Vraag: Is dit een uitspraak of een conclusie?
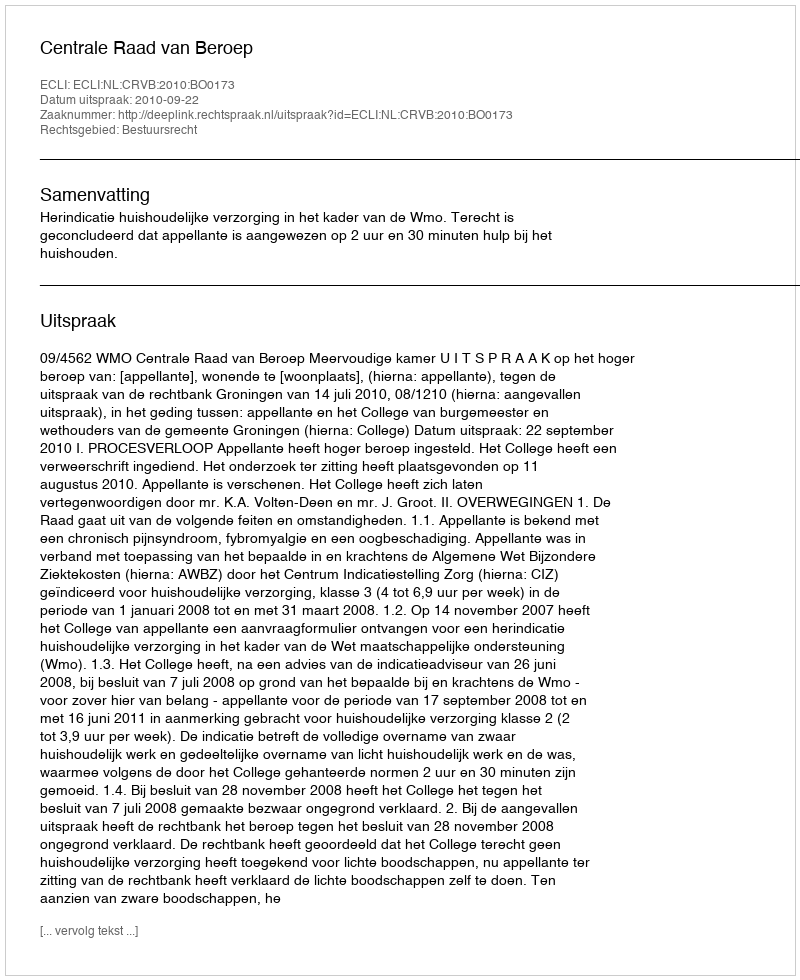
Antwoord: Uitspraak